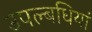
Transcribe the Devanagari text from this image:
उपल्बधियां